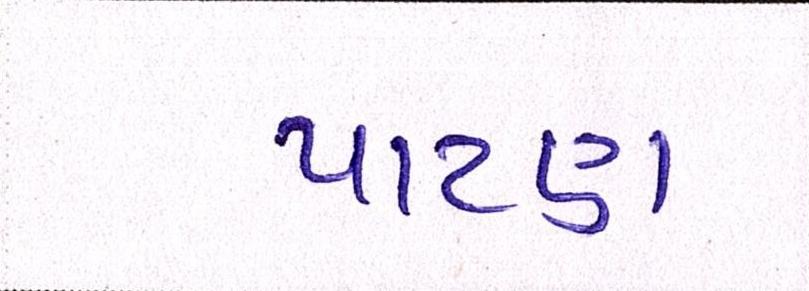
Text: પાટણ